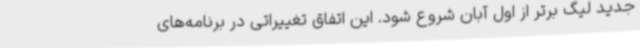
جدید لیگ برتر از اول آبان شروع شود. این اتفاق تغییراتی در برنامه‌های